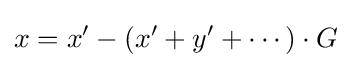
x=x'-(x'+y'+\cdots )\cdot G